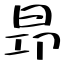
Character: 昻